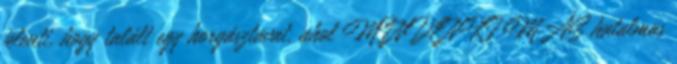
jelenti, hogy talált egy horgásztavat, ahol MINDENKI MÁS hatalmas